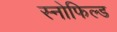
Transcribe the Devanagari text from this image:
स्‍नोफिल्‍ड